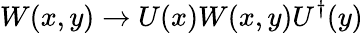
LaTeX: W(x,y)\rightarrow U(x)W(x,y)U^{\dagger}(y)